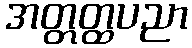
အတ္တတ္ထပညာ